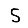
Digit: 5